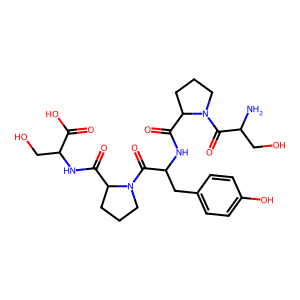
SMILES: NC(CO)C(=O)N1CCCC1C(=O)NC(Cc1ccc(O)cc1)C(=O)N1CCCC1C(=O)NC(CO)C(=O)O
Inhibits HIV replication: No